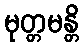
မုတ္တမန္တိ